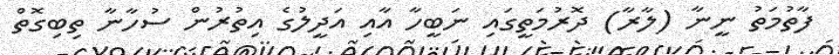
ފާތުމަތު ނީނާ (ލާރާ) ދޮރުމަތީގައި ނަބީހާ އާއި އަދީލުގެ އިތުރުން ސުހާނާ ތިބިގޮތް